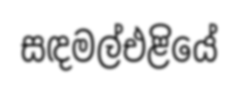
සඳමල්එළියේ